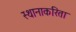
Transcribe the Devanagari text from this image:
स्थानाकरिता